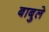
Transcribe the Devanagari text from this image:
बाबुले